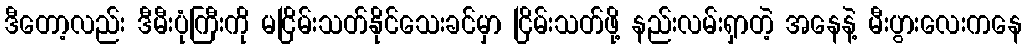
ဒီတော့လည်း ဒီမီးပုံကြီးကို မငြိမ်းသတ်နိုင်သေးခင်မှာ ငြိမ်းသတ်ဖို့ နည်းလမ်းရှာတဲ့ အနေနဲ့ မီးပွားလေးကနေ